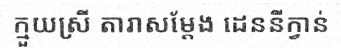
ក្មួយស្រី តារាសម្តែង ដេននីក្វាន់